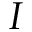
I